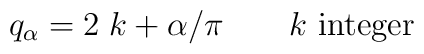
q_\alpha= 2\; k +\alpha /\pi \qquad \mbox{\rm{$k$ integer}}